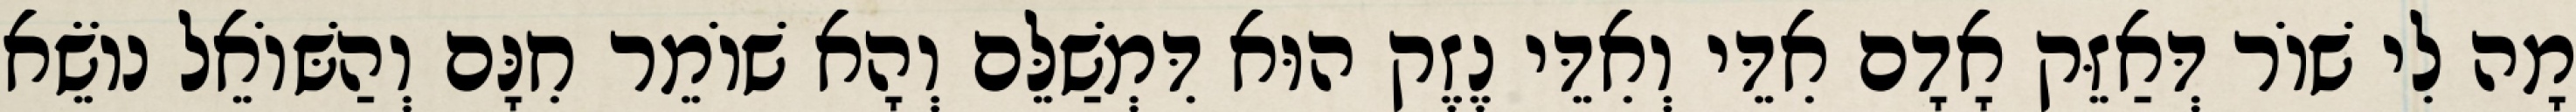
מָה לִי שׁוֹר דְּאַזֵּק אָדָם אִדֵּי וְאִדֵּי נֶזֶק הוּא דִּמְשַׁלֵּם וְהָא שׁוֹמֵר חִנָּם וְהַשּׁוֹאֵל נוֹשֵׂא